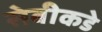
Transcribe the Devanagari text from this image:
सेबीकडे